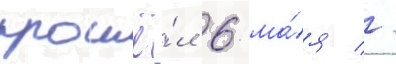
прошё́л 6 ма́я //